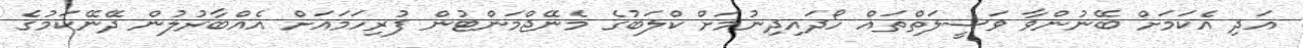
އަދި އެކަމަށް ބޭނުންވާ ވަސީލަތްތައް ހޯދައިދިނުމަށް ކްލަބުގެ މެނޭޖްމަންޓުން ފުރިހަމައަށް އެއްބާރުލުން ދޭނޭކަމުގެ